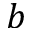
b